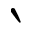
\backprime